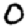
Digit: 0